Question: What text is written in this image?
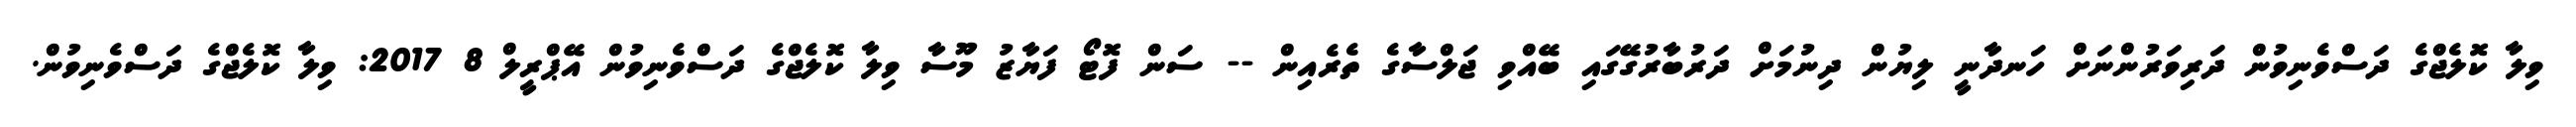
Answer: ވިލާ ކޮލެޖްގެ ދަސްވެނިވުން ދަރިވަރުންނަށް ހަނދާނީ ލިޔުން ދިނުމަށް ދަރުބާރުގޭގައި ބޭއްވި ޖަލްސާގެ ތެރެއިން -- ސަން ފޮޓޯ ފަޔާޒު މޫސާ ވިލާ ކޮލެޖްގެ ދަސްވެނިވުން އޭޕްރީލް 8 2017: ވިލާ ކޮލެޖްގެ ދަސްވެނިވުން.